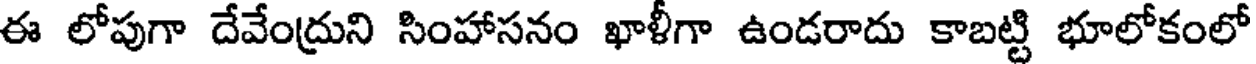
ఈ లోపుగా దేవేంద్రుని సింహాసనం ఖాళీగా ఉండరాదు కాబట్టి భూలోకంలో